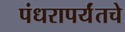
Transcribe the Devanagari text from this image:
पंधरापर्यंतचे